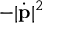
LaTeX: - | { \dot { \mathbf { p } } } | ^ { 2 }